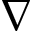
\nabla